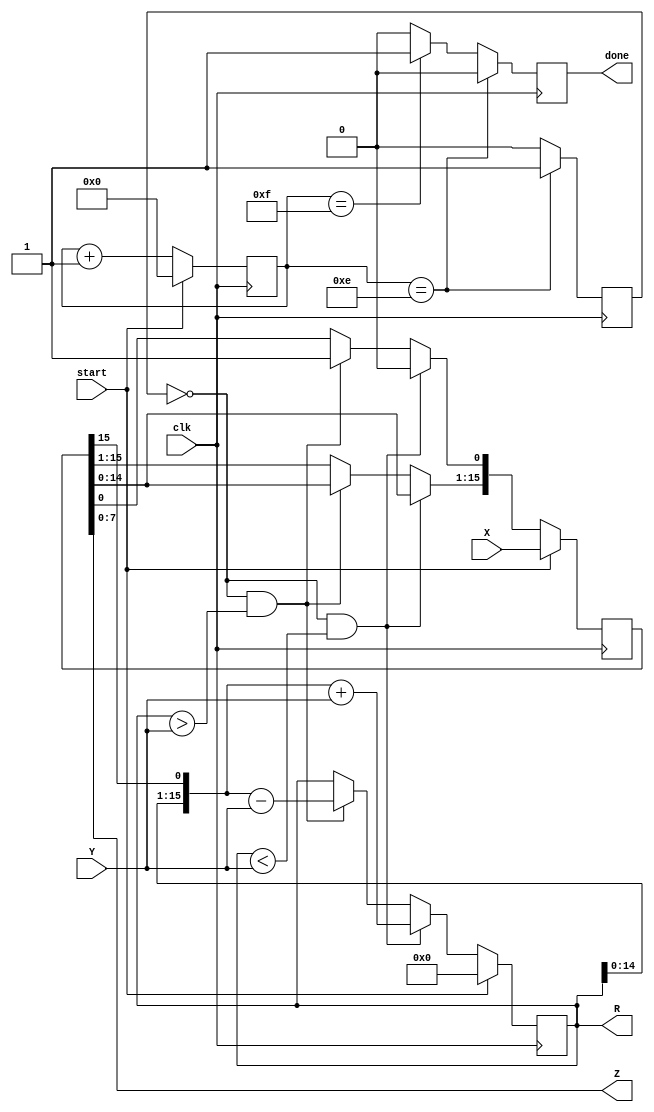
`timescale 1ns/1ps
module divider(Z, R, done, X, Y, start, clk);
    output [7:0] Z;
    output [15:0] R;
    output done;
    input [15:0] X;
    input [7:0] Y;
    input start;
    input clk;
    reg [7:0] Q;
    reg [15:0] R;
    reg [15:0] y;
    reg [15:0] x;
    reg [5:0] cnt;
    reg done;
    reg last;
    initial $monitor("x = %d R = %d",x,R);

    always @(posedge clk) begin
        done <= 0;
        last <= 0;
        if (start)
            cnt <= 0;
        else
            cnt <= cnt + 1;
        if (cnt == 6'd14)
            last <= 1;
        else if (cnt == 6'd15)
            done <= 1;
    end
    
    always @(posedge clk)
        if (start) begin
            x = X;
            R = 0;           
        end
        else if (~last && (R < Y)) begin
            R = {R[14:0],x[15]};
            x[15:1] = x[14:0];
            R = R + Y;
            x[0] = 1'b0;
        end
        else if (~last && (R > Y)) begin
            R = {R[14:0],x[15]};
            x[15:1] = x[14:0]; 
            R = R - Y;
            x[0] = 1'b1;
        end
            
    assign Z = x;
endmodule